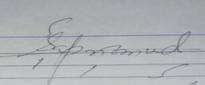
Signature authenticity: genuine